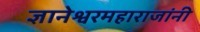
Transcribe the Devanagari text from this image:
ज्ञानेश्वरमहाराजांनी